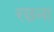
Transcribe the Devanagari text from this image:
रछना